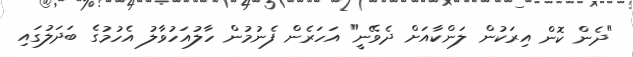
"ދެން ކޮން އިރަކުން ލަންކާއަށް ދެވޭނީ" އަހަރެން ފެނުމުން ހާލުއަހުވާލު އެހުމުގެ ބަދަލުގައި